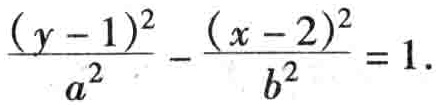
\(\frac{(y - 1)^{2}}{a^{2}}-\frac{(x - 2)^{2}}{b^{2}} = 1.\)